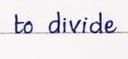
to divide